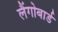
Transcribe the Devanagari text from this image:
लैंगोबार्ड